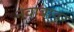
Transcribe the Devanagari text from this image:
नवाबावर